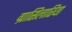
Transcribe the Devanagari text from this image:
ग्रासिलारिया